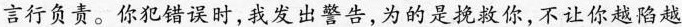
言行负责。你犯错误时，我发出警告，为的是挽救你，不让你越陷越